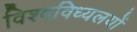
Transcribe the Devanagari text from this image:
विश्वविध्यलयों